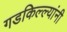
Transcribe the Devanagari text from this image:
गडकिल्ल्यांनी